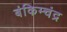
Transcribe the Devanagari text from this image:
बंकिम्चंद्र